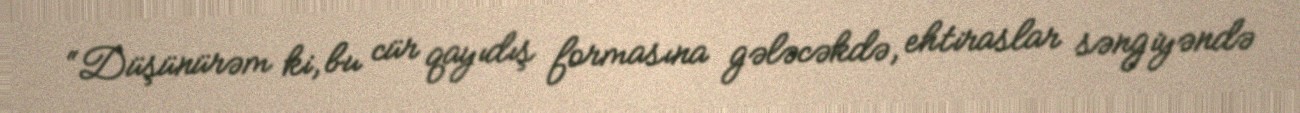
“Düşünürəm ki, bu cür qayıdış formasına gələcəkdə, ehtiraslar səngiyəndə